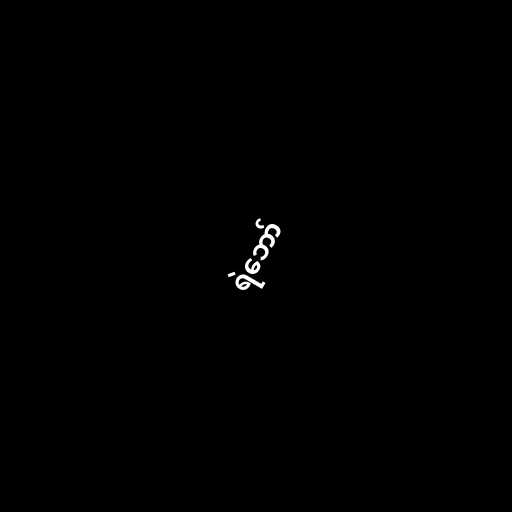
ရဲဘော်